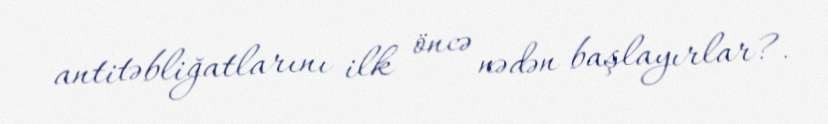
antitəbliğatlarını ilk öncə nədən başlayırlar?.